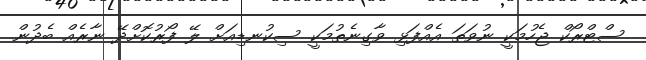
ސްޓްރޯކް ޖެހުމަކީ ނުވަތަ އެއްފަޅި ވާގިނެތުމަކީ ސިކުނޑިއަށް ލޭ ފޯރުކޮށްދޭ ނާރެއް ބެދުން